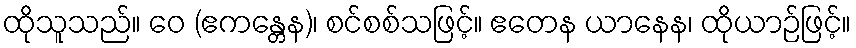
ထိုသူသည်။ ဝေ (ဧကန္တေန)၊ စင်စစ်သဖြင့်။ ဧတေန ယာနေန၊ ထိုယာဉ်ဖြင့်။